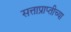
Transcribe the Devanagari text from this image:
सत्ताप्राप्तीच्या